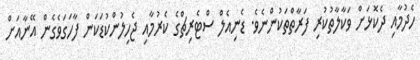
ހެދުމާއި ދެކޮޅަށް ވަކާލާތުކުރި ފަރާތްތަކުންނެވެ. ޑެނިއެލް ސްޓެރިޗްގެ ކެރުމާއި ޖެހިލުންކުޑަކަން ފާހަގަވެގެން އޭނާއަށް